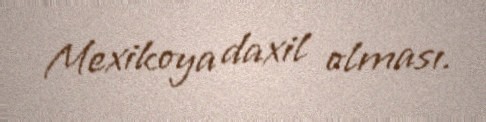
Mexikoya daxil olması.